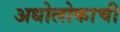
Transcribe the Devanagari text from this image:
अधोलोकाची